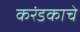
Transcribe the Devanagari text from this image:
करंडकाचे